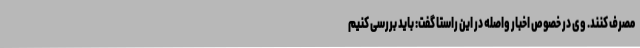
مصرف کنند. وی در خصوص اخبار واصله در این راستا گفت: باید بررسی کنیم